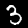
Label: 3